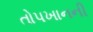
તોપખાનની